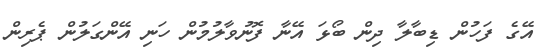
އޭގެ ފަހުން ޑިބާލާ ދިން ބޯޅަ އޭނާ ފޮނުވާލުމުން ހަނި އޭންގަލުން ޕެރިން